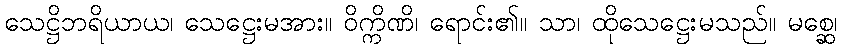
သေဋ္ဌိဘရိယာယ၊ သေဋ္ဌေးမအား။ ဝိက္ကိဏိ၊ ရောင်း၏။ သာ၊ ထိုသေဋ္ဌေးမသည်။ မစ္ဆေ၊